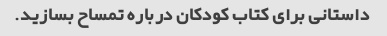
داستانی برای کتاب کودکان درباره تمساح بسازید.